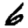
Digit: 6